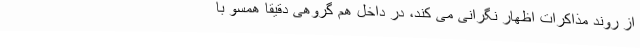
از روند مذاکرات اظهار نگرانی می کند، در داخل هم گروهی دقیقا همسو با